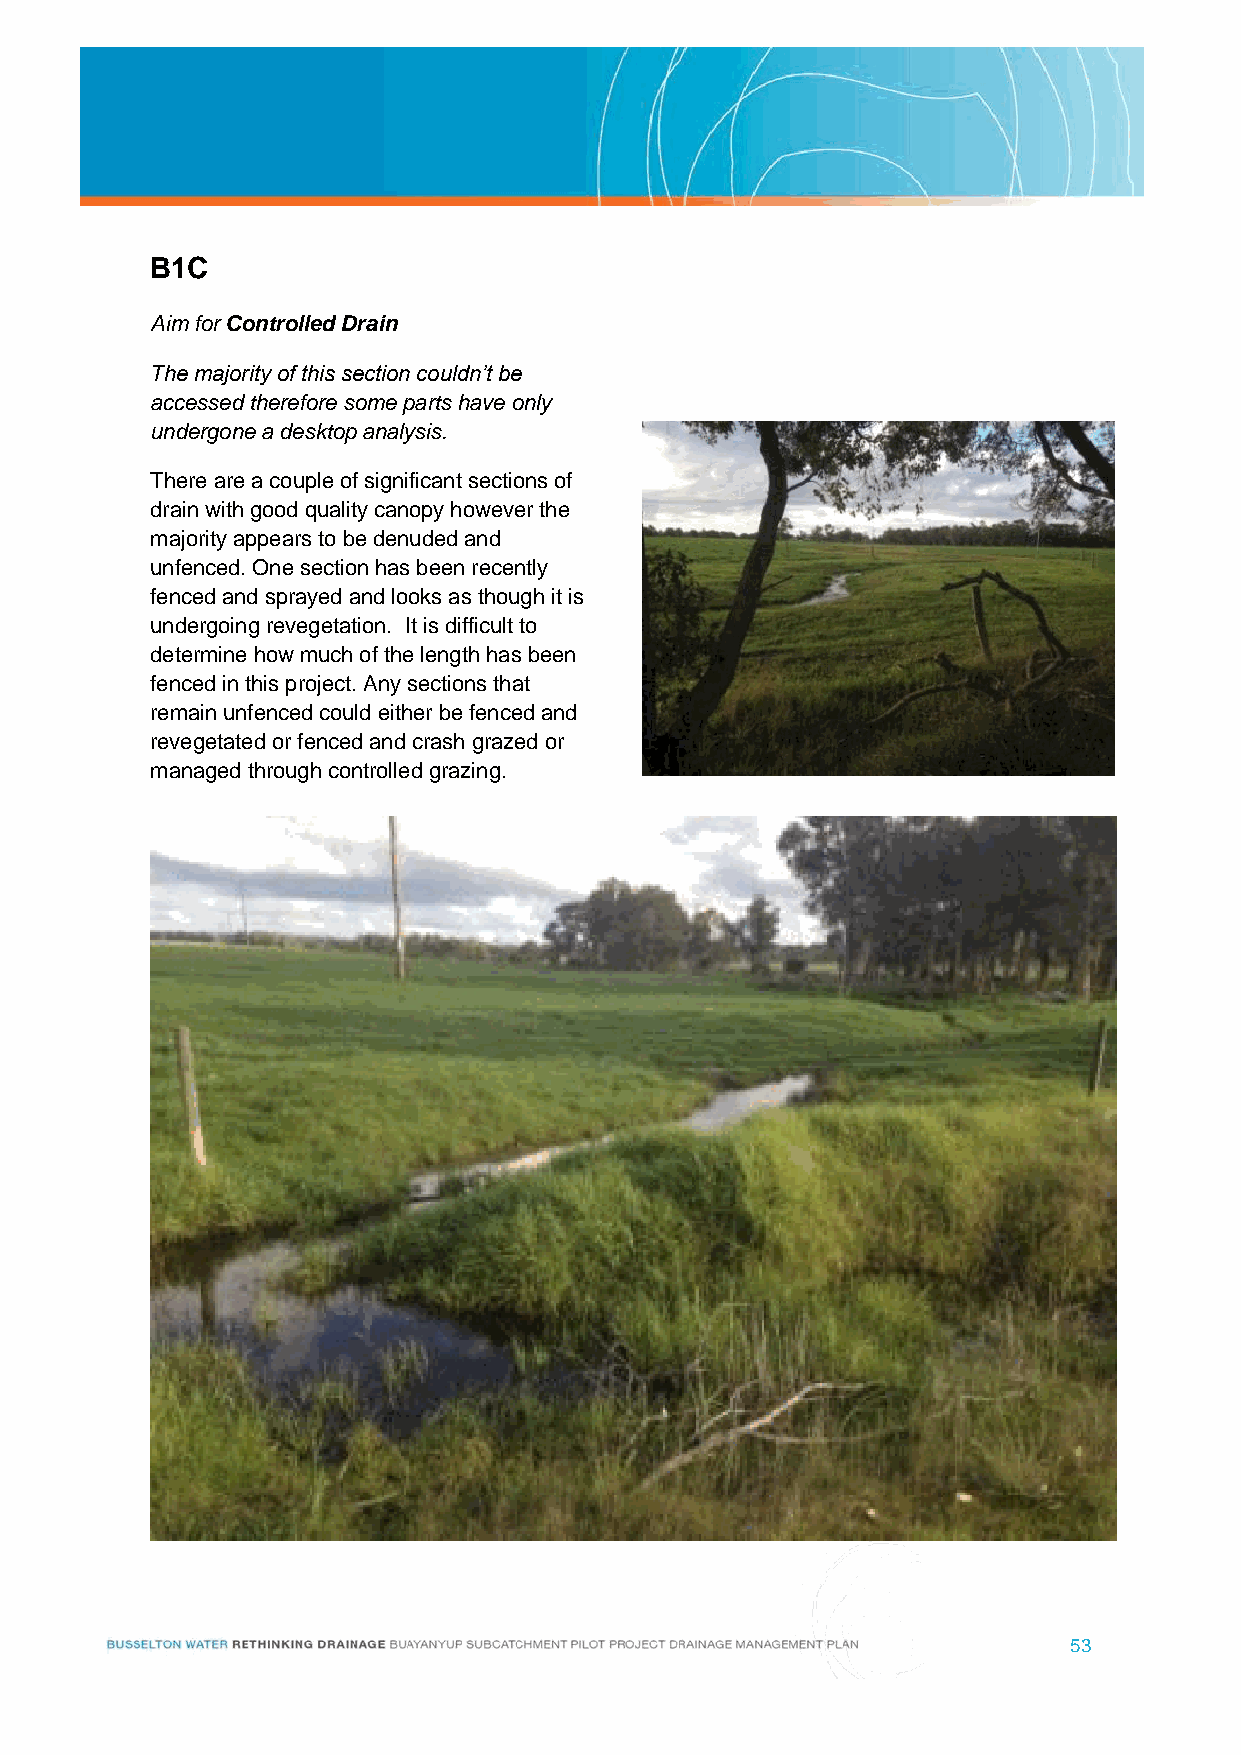
B1C
 Aim for Controlled Drain
 The majority of this section couldn’t be
 accessed therefore some parts have only
 undergone a desktop analysis.
 There are a couple of significant sections of
 drain with good quality canopy however the
 majority appears to be denuded and
 unfenced. One section has been recently
 fenced and sprayed and looks as though it is
 undergoing revegetation. It is difficult to
 determine how much of the length has been
 fenced in this project. Any sections that
 remain unfenced could either be fenced and
 revegetated or fenced and crash grazed or
 managed through controlled grazing.
 53